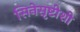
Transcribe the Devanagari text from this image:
सिनेसृष्टीशी